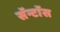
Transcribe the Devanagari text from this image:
सॅन्टाॅस